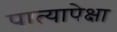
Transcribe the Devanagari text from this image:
पात्यापेक्षा